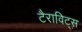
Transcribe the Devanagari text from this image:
टैराविट्स